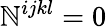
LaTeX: \mathbb{N}^{ijkl}=0